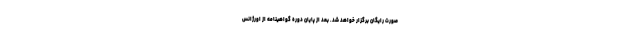
صورت رایگان برگزار خواهد شد. بعد از پایان دوره گواهینامه از اورژانس